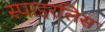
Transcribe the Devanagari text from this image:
स्पाइरलिस